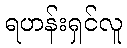
ရဟန်းရှင်လူ